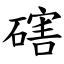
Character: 磍